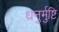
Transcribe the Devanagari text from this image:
धनुर्मुष्टि